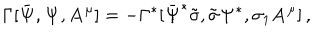
LaTeX: \Gamma [ \bar { { \bf \Psi } } , { \bf \Psi } , { \bf A ^ { \mu } } ] = - \Gamma ^ { * } [ \bar { { \bf \Psi } } ^ { * } \tilde { \sigma } , \tilde { \sigma } { \bf \Psi } ^ { * } , \sigma _ { 1 } { \bf A ^ { \mu } } ] \, ,